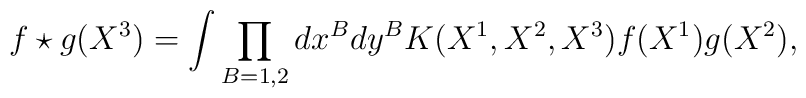
f\star g(X^3)=\int\prod_{B=1,2}dx^B dy^BK(X^1,X^2,X^3)f(X^1)g(X^2),